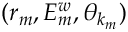
( r _ { m } , E _ { m } ^ { w } , \theta _ { k _ { m } } )